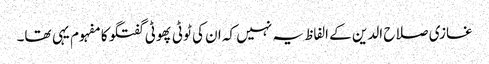
غازی صلاح الدین کے الفاظ یہ نہیں کہ ان کی ٹوٹی پھوٹی گفتگو کا مفہوم یہی تھا۔